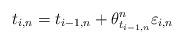
LaTeX: \begin{align*}t_{i,n}=t_{i-1,n}+\theta^n_{t_{i-1,n}} \varepsilon_{i,n}\end{align*}